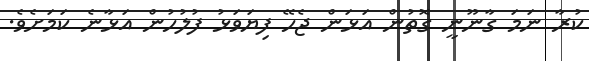
ކުރާ ނަމަ ގާނޫނީ ގޮތުން އަޅަން ޖެހޭ ފިޔަވަޅު ފުލުހުން އަޅާނެ ކަމަށެވެ.